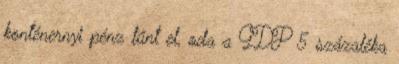
konténernyi pénz tűnt el, oda a GDP 5 százaléka